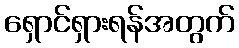
ရှောင်ရှားရန်အတွက်